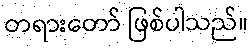
တရားတော် ဖြစ်ပါသည်။